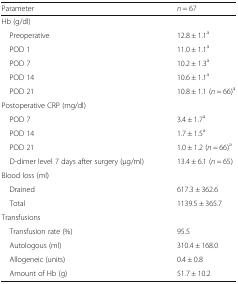
| Parameter | n = 67 |
 | --- | --- |
 | <COLSPAN=2> Hb (g/dl) |
 | Preoperative | 12.8 ± 1.1a |
 | POD 1 | 11.0 ± 1.1a |
 | POD 7 | 10.2 ± 1.3a |
 | POD 14 | 10.6 ± 1.1a |
 | POD 21 | 10.8 ± 1.1 (n = 66)a |
 | <COLSPAN=2> Postoperative CRP (mg/dl) |
 | POD 7 | 3.4 ± 1.7a |
 | POD 14 | 1.7 ± 1.5a |
 | POD 21 | 1.0 ± 1.2 (n = 66)a |
 | D-dimer level 7 days after surgery (μg/ml) | 13.4 ± 6.1 (n = 65) |
 | <COLSPAN=2> Blood loss (ml) |
 | Drained | 617.3 ± 362.6 |
 | Total | 1139.5 ± 365.7 |
 | <COLSPAN=2> Transfusions |
 | Transfusion rate (%) | 95.5 |
 | Autologous (ml) | 310.4 ± 168.0 |
 | Allogeneic (units) | 0.4 ± 0.8 |
 | Amount of Hb (g) | 51.7 ± 10.2 |